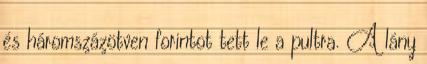
és háromszázötven forintot tett le a pultra. A lány